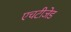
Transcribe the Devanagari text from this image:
एचटीजेड